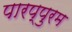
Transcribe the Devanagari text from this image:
पारप्पुरम